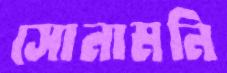
সোনামনি